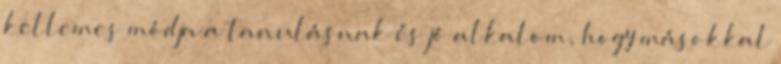
kellemes módja a tanulásnak és jó alkalom, hogy másokkal